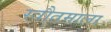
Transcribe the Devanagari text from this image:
स्त्रौतमाला